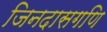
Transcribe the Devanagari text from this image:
जिनदासगणि